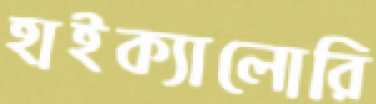
হাইক্যালোরি